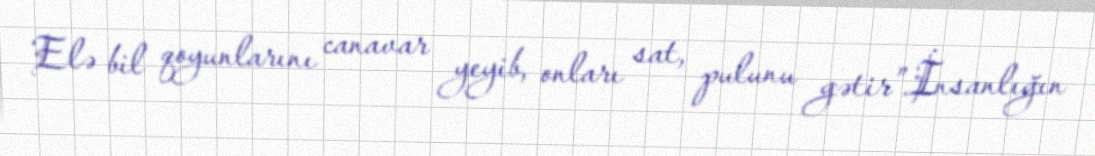
Elə bil qoyunlarını canavar yeyib, onları sat, pulunu gətir”.İnsanlığın